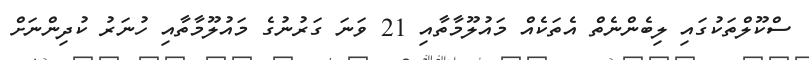
ސްކޫލްތަކުގައި ލިބެންނެތް އެތަކެއް މައުލޫމާތާއި 21 ވަނަ ގަރުނުގެ މައުލޫމާތާއި ހުނަރު ކުދިންނަށް